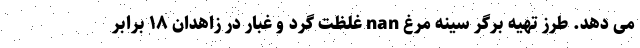
می دهد. طرز تهیه برگر سینه مرغ nan غلظت گرد و غبار در زاهدان ۱۸ برابر